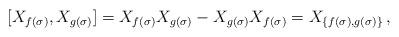
LaTeX: \begin{align*}[X_{f(\sigma)},X_{g(\sigma)}] =X_{f(\sigma)}X_{g(\sigma)}-X_{g(\sigma)}X_{f(\sigma)} =X_{\{f(\sigma),g(\sigma)\}}\,, \end{align*}